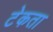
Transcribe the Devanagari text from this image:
टेकता